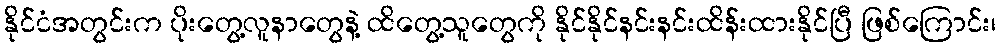
နိုင်ငံအတွင်းက ပိုးတွေ့လူနာတွေနဲ့ ထိတွေ့သူတွေကို နိုင်နိုင်နင်းနင်းထိန်းထားနိုင်ပြီ ဖြစ်ကြောင်း၊